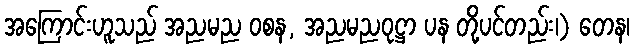
အကြောင်းဟူသည် အညမည ဝစန, အညမညဝုဋ္ဌာ ပန တို့ပင်တည်း၊) တေန၊